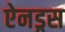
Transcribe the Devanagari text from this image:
ऐनड्रस